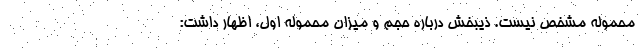
محموله مشخص نیست. ذیبخش درباره حجم و میزان محموله اول، اظهار داشت: